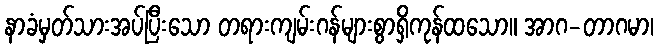
နာခံမှတ်သားအပ်ပြီးသော တရားကျမ်းဂန်များစွာရှိကုန်ထသော။ အာဂ-တာဂမာ၊